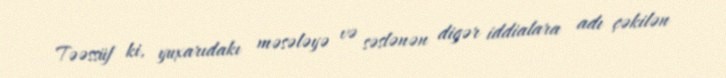
Təəssüf ki, yuxarıdakı məsələyə və səslənən digər iddialara adı çəkilən